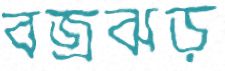
বজ্রঝড়